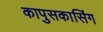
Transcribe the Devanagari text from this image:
कापुसकासिंग